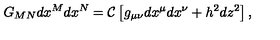
G _ { M N } d x ^ { M } d x ^ { N } = { \cal C } \left[ g _ { \mu \nu } d x ^ { \mu } d x ^ { \nu } + h ^ { 2 } d z ^ { 2 } \right] ,